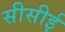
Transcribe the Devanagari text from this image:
सीसीई